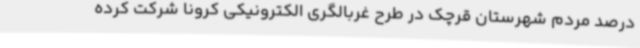
درصد مردم شهرستان قرچک در طرح غربالگری الکترونیکی کرونا شرکت کرده